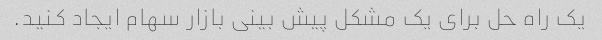
یک راه حل برای یک مشکل پیش بینی بازار سهام ایجاد کنید.